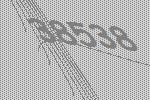
38538